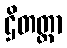
ဌိတတ္တာ